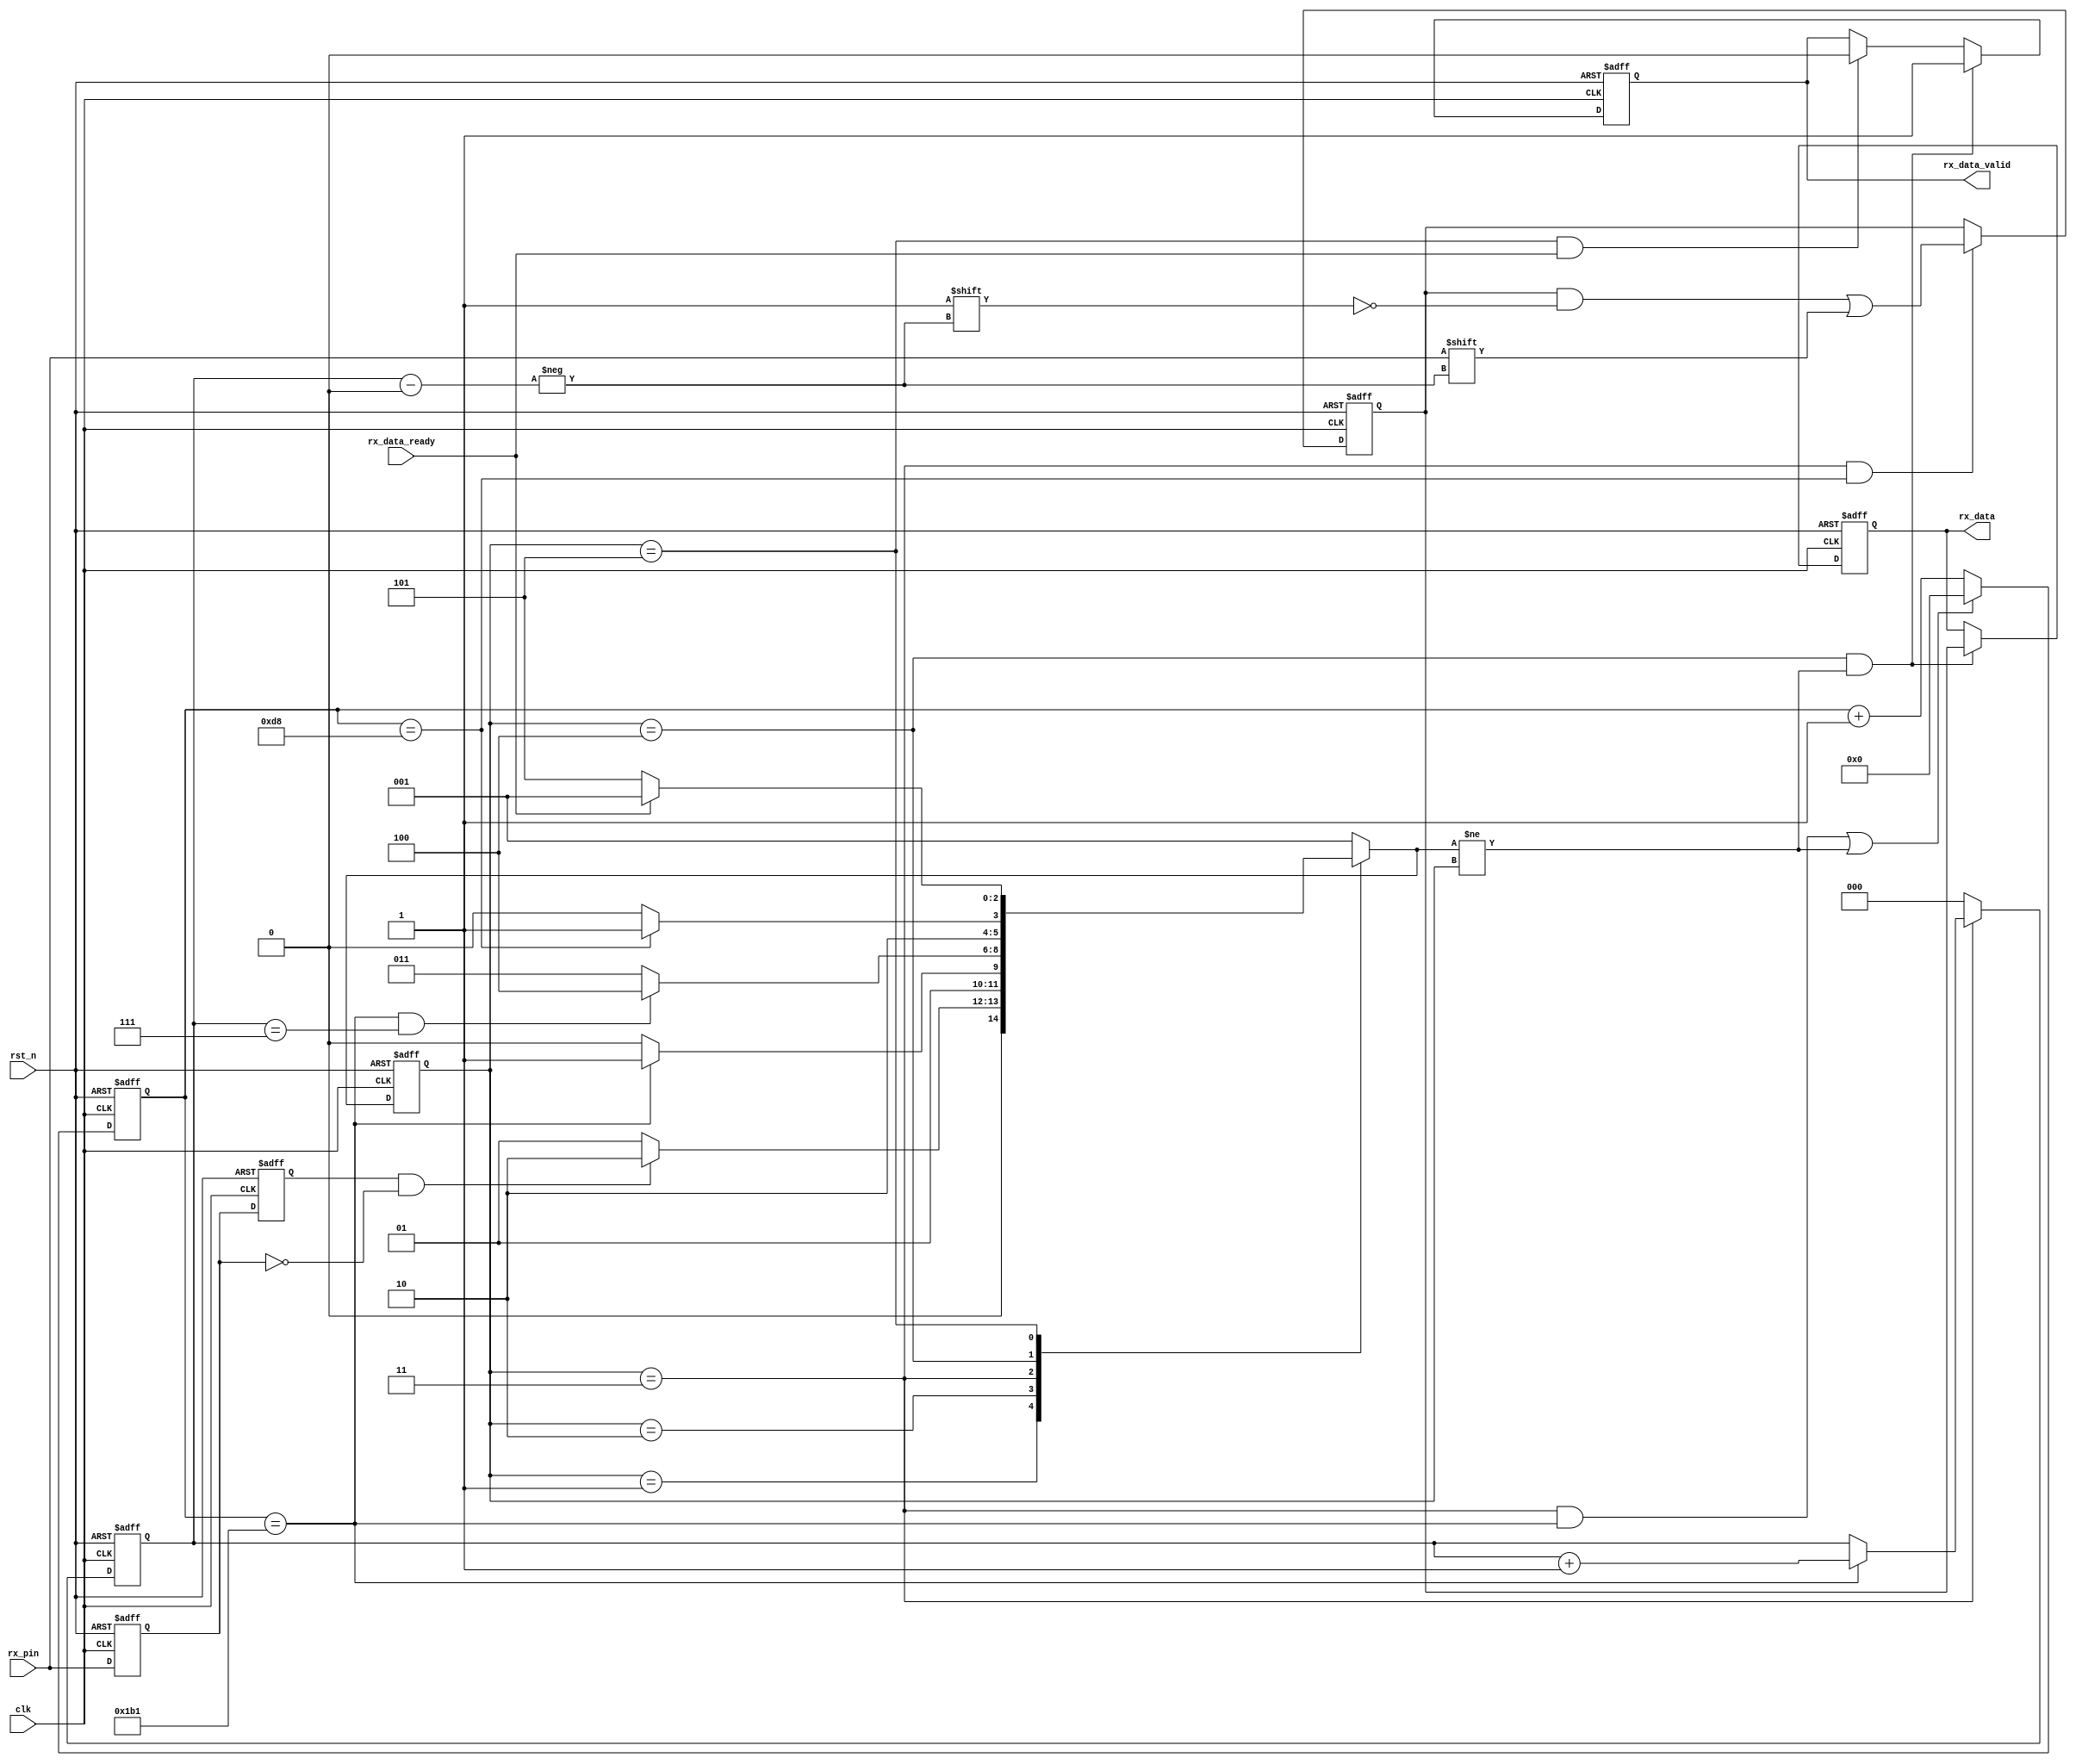
// From https://github.com/sipeed/TangNano-9K-example/blob/main/uart/src/uart_rx.v
// verilator lint_off WIDTHEXPAND

module uart_rx #(
    parameter CLK_FRE   = 50,     //clock frequency(Mhz)
    parameter BAUD_RATE = 115200  //serial baud rate
) (
    input            clk,            //clock input
    input            rst_n,          //asynchronous reset input, low active 
    output reg [7:0] rx_data,        //received serial data
    output reg       rx_data_valid,  //received serial data is valid
    input            rx_data_ready,  //data receiver module ready
    input            rx_pin          //serial data input
);
    //calculates the clock cycle for baud rate 
    localparam CYCLE = CLK_FRE * 1000000 / BAUD_RATE;
    //state machine code
    localparam S_IDLE = 1;
    localparam S_START = 2;  //start bit
    localparam S_REC_BYTE = 3;  //data bits
    localparam S_STOP = 4;  //stop bit
    localparam S_DATA = 5;

    reg  [ 2:0] state;
    reg  [ 2:0] next_state;
    reg         rx_d0;  //delay 1 clock for rx_pin
    reg         rx_d1;  //delay 1 clock for rx_d0
    wire        rx_negedge;  //negedge of rx_pin
    reg  [ 7:0] rx_bits;  //temporary storage of received data
    reg  [15:0] cycle_cnt;  //baud counter
    reg  [ 2:0] bit_cnt;  //bit counter

    assign rx_negedge = rx_d1 && ~rx_d0;

    always @(posedge clk or negedge rst_n) begin
        if (rst_n == 1'b0) begin
            rx_d0 <= 1'b0;
            rx_d1 <= 1'b0;
        end else begin
            rx_d0 <= rx_pin;
            rx_d1 <= rx_d0;
        end
    end


    always @(posedge clk or negedge rst_n) begin
        if (rst_n == 1'b0) state <= S_IDLE;
        else state <= next_state;
    end

    always @(*) begin
        case (state)
            S_IDLE:
            if (rx_negedge) next_state = S_START;
            else next_state = S_IDLE;
            S_START:
            if (cycle_cnt == CYCLE - 1)  //one data cycle 
                next_state = S_REC_BYTE;
            else next_state = S_START;
            S_REC_BYTE:
            if (cycle_cnt == CYCLE - 1 && bit_cnt == 3'd7)  //receive 8bit data
                next_state = S_STOP;
            else next_state = S_REC_BYTE;
            S_STOP:
            if (cycle_cnt == CYCLE / 2 - 1)  //half bit cycle,to avoid missing the next byte receiver
                next_state = S_DATA;
            else next_state = S_STOP;
            S_DATA:
            if (rx_data_ready)  //data receive complete
                next_state = S_IDLE;
            else next_state = S_DATA;
            default: next_state = S_IDLE;
        endcase
    end

    always @(posedge clk or negedge rst_n) begin
        if (rst_n == 1'b0) rx_data_valid <= 1'b0;
        else if (state == S_STOP && next_state != state) rx_data_valid <= 1'b1;
        else if (state == S_DATA && rx_data_ready) rx_data_valid <= 1'b0;
    end

    always @(posedge clk or negedge rst_n) begin
        if (rst_n == 1'b0) rx_data <= 8'd0;
        else if (state == S_STOP && next_state != state) rx_data <= rx_bits;  //latch received data
    end

    always @(posedge clk or negedge rst_n) begin
        if (rst_n == 1'b0) begin
            bit_cnt <= 3'd0;
        end else if (state == S_REC_BYTE)
            if (cycle_cnt == CYCLE - 1) bit_cnt <= bit_cnt + 3'd1;
            else bit_cnt <= bit_cnt;
        else bit_cnt <= 3'd0;
    end


    always @(posedge clk or negedge rst_n) begin
        if (rst_n == 1'b0) cycle_cnt <= 16'd0;
        else if ((state == S_REC_BYTE && cycle_cnt == CYCLE - 1) || next_state != state)
            cycle_cnt <= 16'd0;
        else cycle_cnt <= cycle_cnt + 16'd1;
    end
    //receive serial data bit data
    always @(posedge clk or negedge rst_n) begin
        if (rst_n == 1'b0) rx_bits <= 8'd0;
        else if (state == S_REC_BYTE && cycle_cnt == CYCLE / 2 - 1) rx_bits[bit_cnt] <= rx_pin;
        else rx_bits <= rx_bits;
    end
endmodule